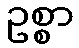
ဥစ္စာ